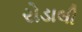
રોડાલી